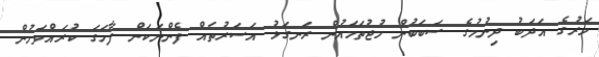
މަރުގެ އަދަބު ދިނުމުގެ ސަބަބުން މުޖުތަމައުން ރަނގަޅު އަސަރުތައް ފެންނަކަން ފާހަގަ ކުރައްވަމުން